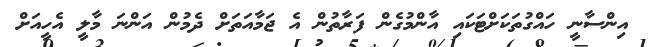
އިންސާނީ ހައްގުތަކަށްޓަކައި އާންމުގެން ފަރާތުން އެ ޖަމާއަތަށް ދެމުން އަންނަ މާލީ އެހީއަށް